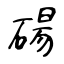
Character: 碭